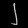
Digit: ၂